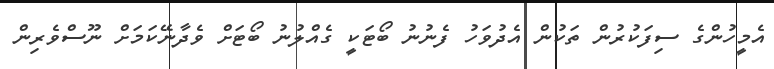
އެމީހުންގެ ސިފަކުރުން ތަކުން އެދުވަހު ފެނުނު ބޯޓަކީ ގެއްލުނު ބޯޓަށް ވެދާނޭކަމަށް ނޫސްވެރިން